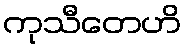
ကုသီတေဟိ